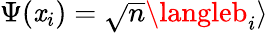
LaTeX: \Psi(\mathit{x}_{i})=\sqrt{}{{\overline{{{n}}}}}\langleb_{i}\rangle